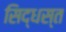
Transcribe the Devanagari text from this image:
सिद्धस्त